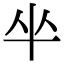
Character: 𠦏